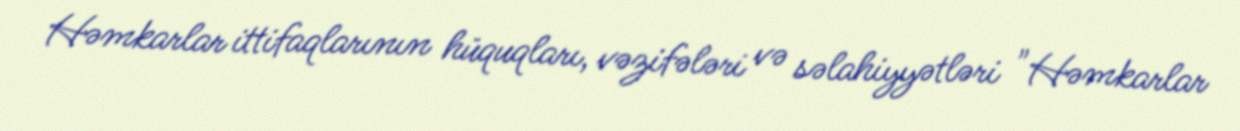
Həmkarlar ittifaqlarının hüquqları, vəzifələri və səlahiyyətləri "Həmkarlar